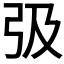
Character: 𢎽